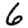
Digit: 6